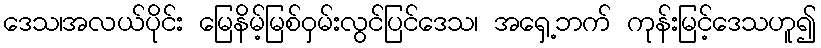
ဒေသ၊အလယ်ပိုင်း မြေနိမ့်မြစ်ဝှမ်းလွင်ပြင်ဒေသ၊ အရှေ့ဘက် ကုန်းမြင့်ဒေသဟူ၍